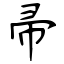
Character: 帚